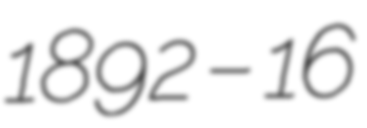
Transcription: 1892 – 16